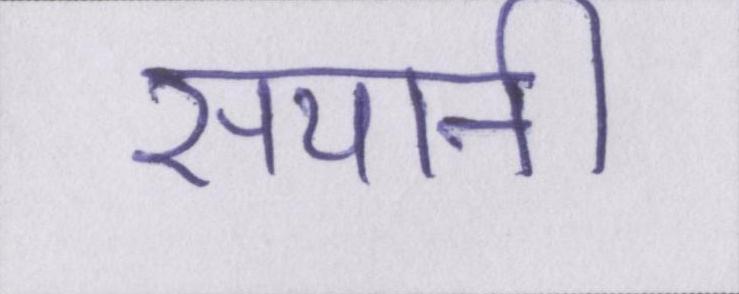
सयानी